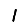
Digit: 1